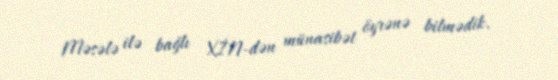
Məsələ ilə bağlı XİN-dən münasibət öyrənə bilmədik.